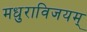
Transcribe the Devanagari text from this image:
मधुराविजयम्